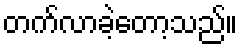
တက်လာခဲ့တော့သည်။